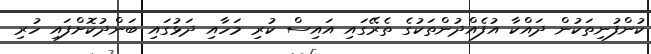
ކުންފުނިތަކުން ދައްކާ އުފެއްދުންތަކުގެ ތެރޭގައި އައިސް ކުރި މަހާއި ދަޅުގައި ބަންދުކޮށްފައި ހުރި